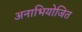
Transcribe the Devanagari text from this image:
अनाभियोजित